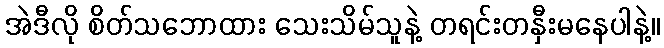
အဲဒီလို စိတ်သဘောထား သေးသိမ်သူနဲ့ တရင်းတနှီးမနေပါနဲ့။